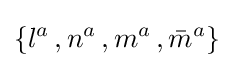
\{l^{a}\,,n^{a}\,,m^{a}\,,{\bar {m}}^{a}\}